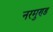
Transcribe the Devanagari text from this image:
नरमुण्ड